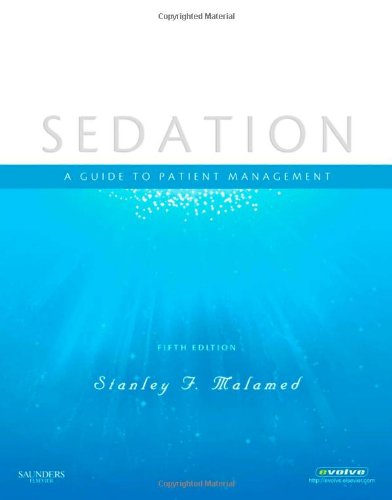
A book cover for Sedation: A Guide to Patient Management, 5e; Stanley F. Malamed DDS; Medical Books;